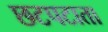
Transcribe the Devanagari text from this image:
छटपटाता